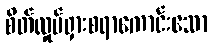
စိတ်လှုပ်ရှားစရာကောင်းသော